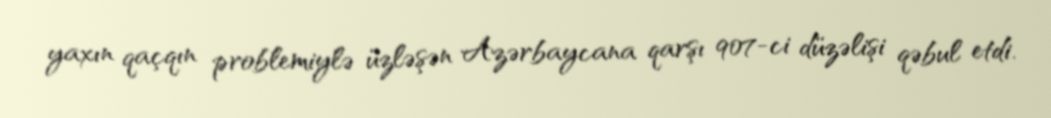
yaxın qaçqın problemiylə üzləşən Azərbaycana qarşı 907-ci düzəlişi qəbul etdi.